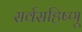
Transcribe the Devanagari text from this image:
सर्वसहिष्णू